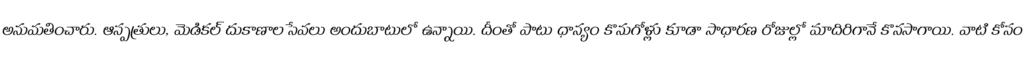
అనుమతించారు. ఆస్పత్రులు, మెడికల్ దుకాణాల సేవలు అందుబాటులో ఉన్నాయి. దీంతో పాటు ధాన్యం కొనుగోళ్లు కూడా సాధారణ రోజుల్లో మాదిరిగానే కొనసాగాయి. వాటి కోసం